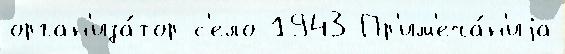
орган'иза́тор с'ело 1943 Пр'им'еча́н'иjа